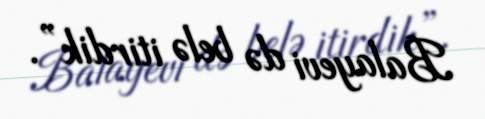
Balayevi də belə itirdik”.